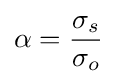
\alpha ={\frac {\sigma _{s}}{\sigma _{o}}}